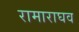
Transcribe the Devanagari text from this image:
रामाराघव